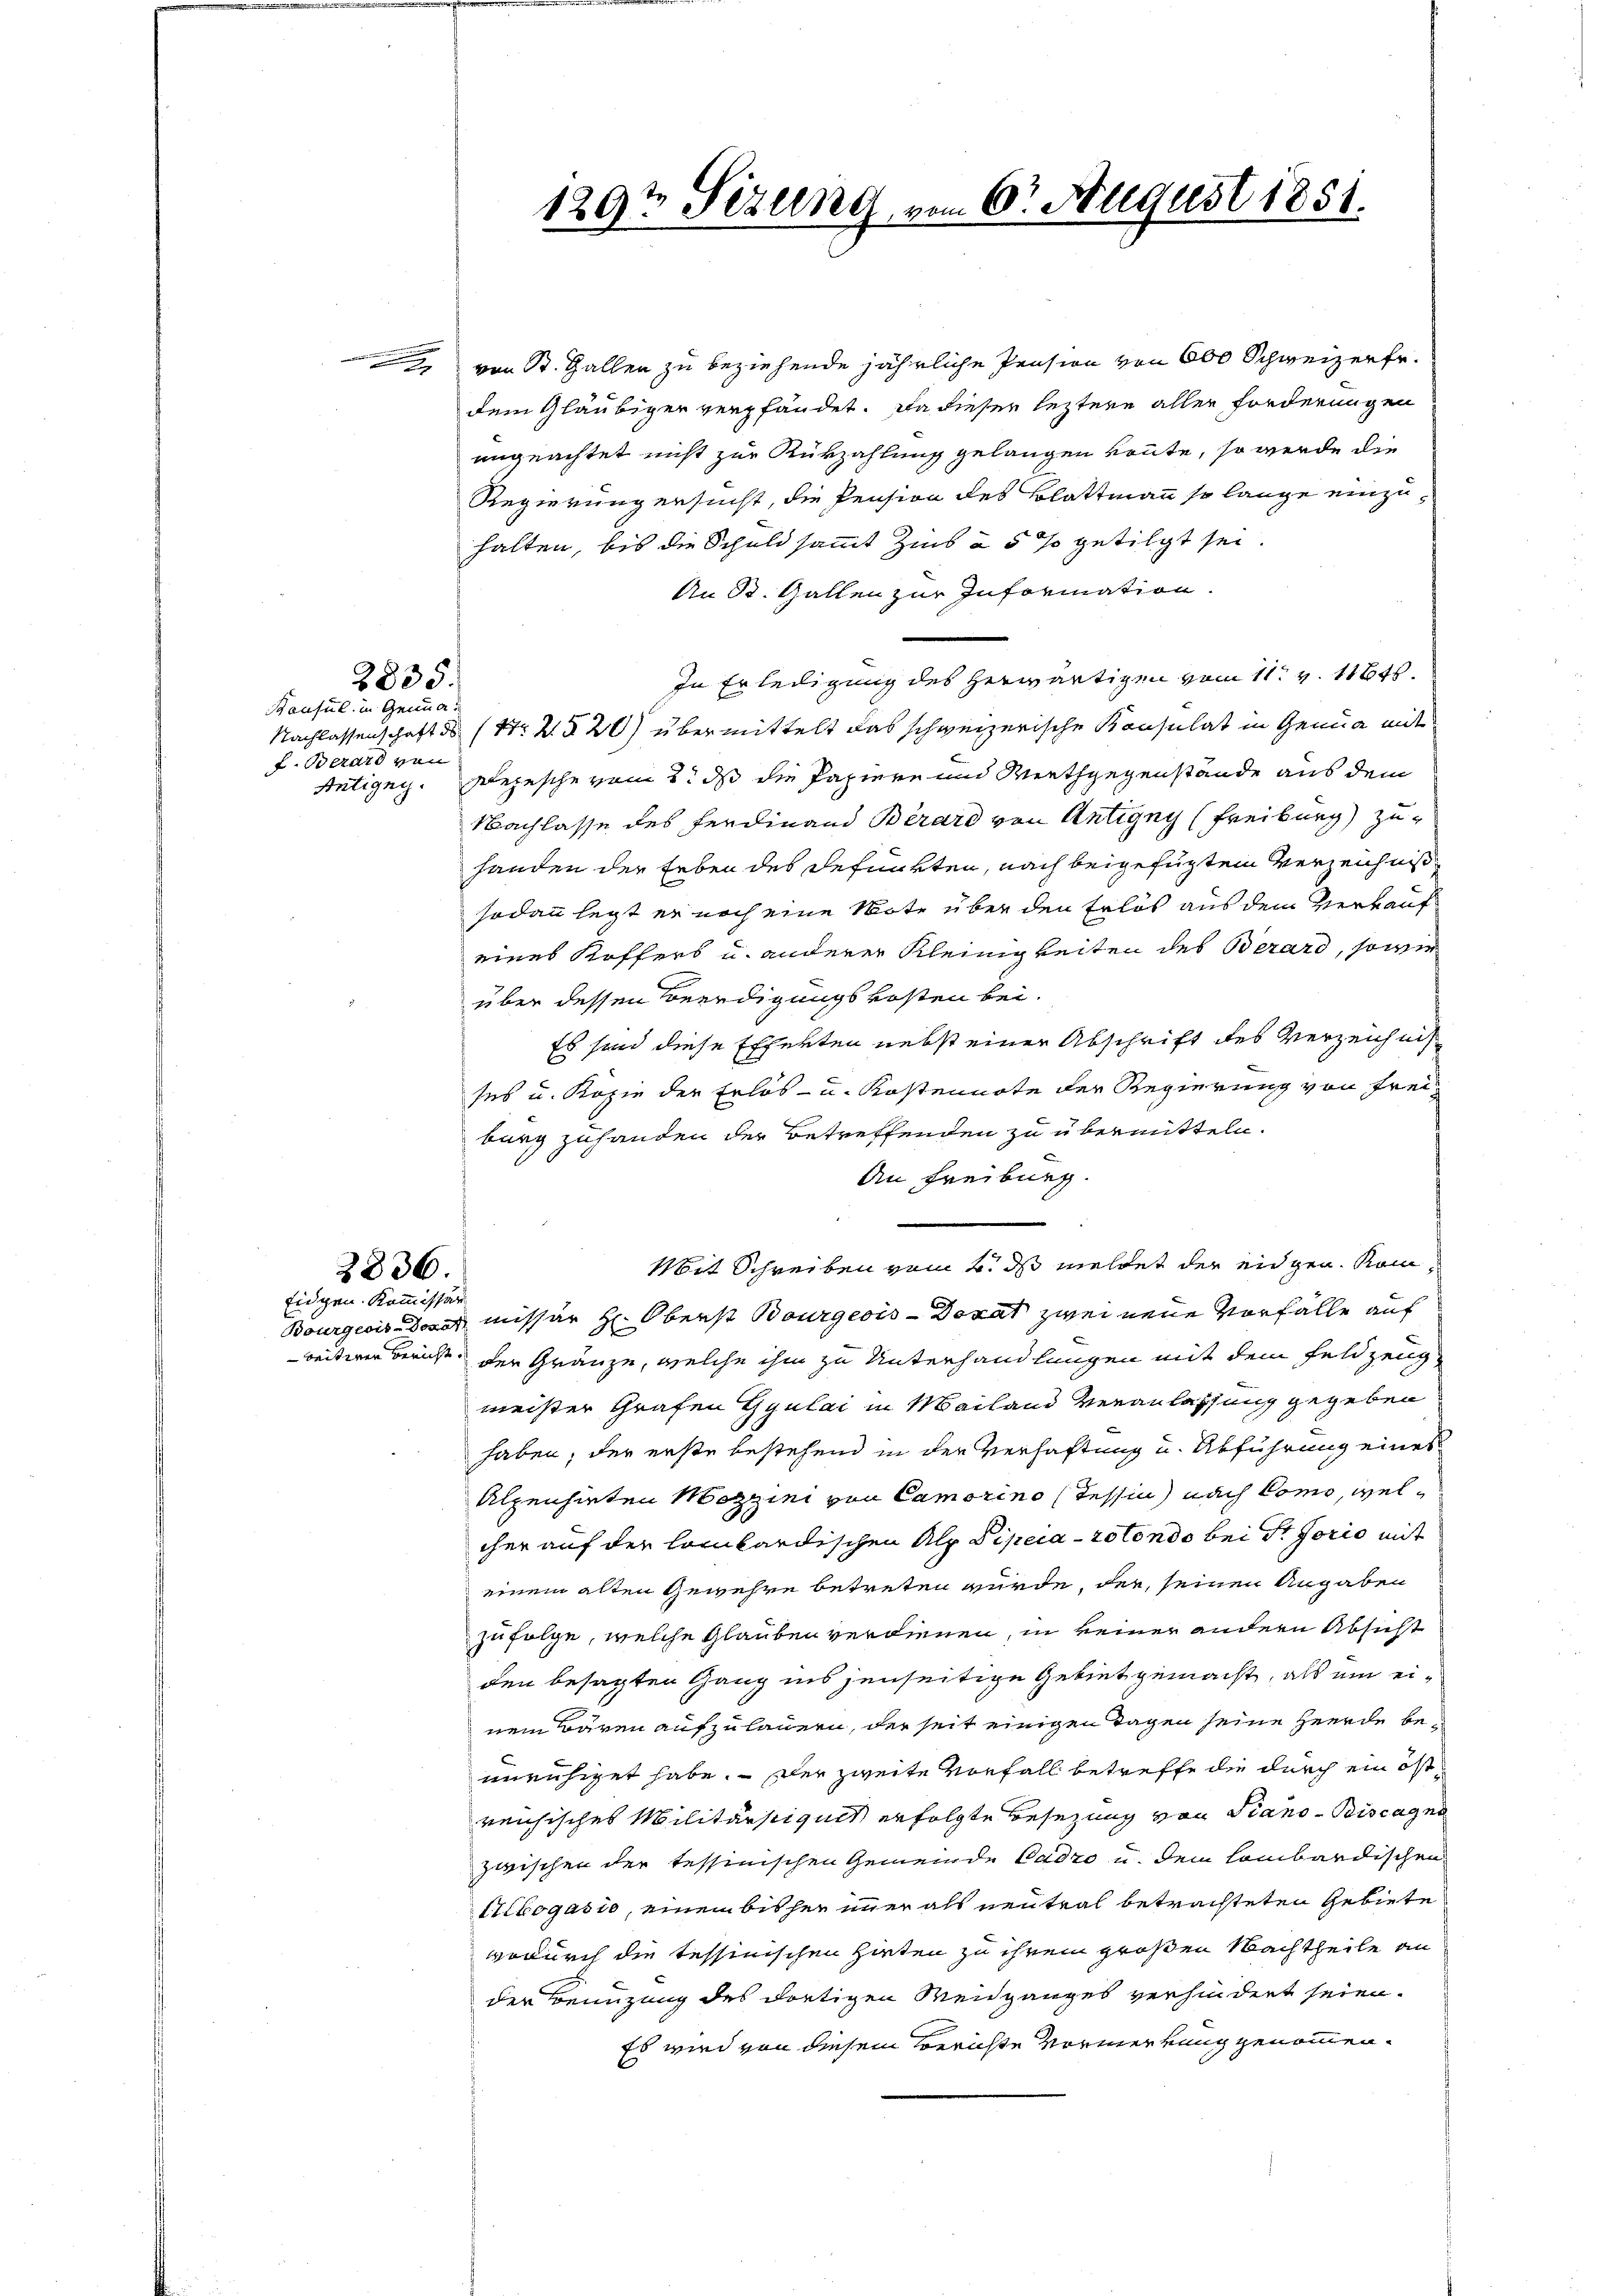
2835.

Bausul in Genua
f. Berard von
Antigny.

2836.
Eidgen. Kommissär

von B. Gallen zu beziehende jährliche Pension von 600 Schweizerfr.
dem Gläubiger verpfändet. Da dieser leztere aller Forderungen
ungeachtet nicht zur Rükzahlung gelangen könnte, so werde die
Regierung ersucht, die Pension des Blattmann so lange einzuhalten, bis die Schuldsammt Zins à 5 % getilgt sei
An St. Gallen zur Information.
In Erledigung des herwärtigen vom 11. v. 1164.
Nachlassenschaft ds (Nr. 2 § 20) übermittelt das schweizerische Konsulat in Genua mit
Depesche vom 2. ds die Papiere und Werthgegenstände aus dem
Nachlasse des Ferdinand Berard von Antigny (Freiburg) zu
handen der Erben des Refunkten, nach beigefügtem Verzeichniß
sodann legt er noch eine Note über den Erlös aus dem Verkauf
eines Koffers u. anderer Kleinigkeiten des Berard, sowie
über dessen Beerdigungskosten bei.
Es sind diese Efferten nebst einer Abschrift des Verzeichnis
ses u. Kopie der Erlos - u. Kostennote der Regierung von Freiburg zuhanden der Betreffenden zu übermitteln.
An Freiburg.
Mit Schreiben vom 4. ds meldet der eidgen. Kom¬
Bourgeois de missär H: Oberst Bourgeois Donat zwei neue Vorfälle auf
reitwer bericht der Gränze, welche ihm zu Unterhandlungen mit dem Feldzeugmeister Grafen Gyulai in Mailand Veranlassung gegeben
haben; der erste bestehend in der Verhaftung u. Abführung eines
Alpenhieten Mezzini von Camorino (Tessin nach Como, welcher auf der lombardischen Alp Sipeca-rotondo bei Sr Jorio mit
einem alten Gewehre betreten würde, der, seinen Angaben
zufolge, welche Glauben verdienen, in keiner andern Absicht
den besagten Gang ins jenseitige Gebiet gemacht, als ein einem Bären aufzulaunen, der seit einigen Tagen seine Heerde beunruhiget habe. Der zweite Vorfall betreffe die durch ein östreichisches Militärstiguit erfolgte Besetzung von Piano- Biscagen
zwischen der tessinischen Gemeinde Cadro u. dem lombardischen
llbogasio, einem bisher immer als neutral betrachteten Gebiete
wodurch die tessinischen Hirten zu ihrem großen Nachtheile an
der Benuzung des dortigen Weidganges verhindert seien.
Es wird von diesem Berichte Vormerkung genommen.

129t Setzung, von 6t August 1851.